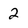
Character: 2